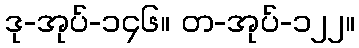
ဒု-အုပ်-၁၄၆။ တ-အုပ်-၁၂၂။